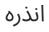
انذره